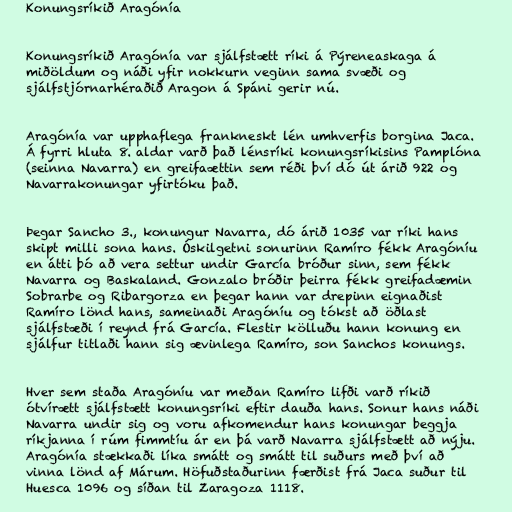
Konungsríkið Aragónía

Konungsríkið Aragónía var sjálfstætt ríki á Pýreneaskaga á
miðöldum og náði yfir nokkurn veginn sama svæði og
sjálfstjórnarhéraðið Aragon á Spáni gerir nú.

Aragónía var upphaflega frankneskt lén umhverfis borgina Jaca.
Á fyrri hluta 8. aldar varð það lénsríki konungsríkisins Pamplóna
(seinna Navarra) en greifaættin sem réði því dó út árið 922 og
Navarrakonungar yfirtóku það.

Þegar Sancho 3., konungur Navarra, dó árið 1035 var ríki hans
skipt milli sona hans. Óskilgetni sonurinn Ramíro fékk Aragóníu
en átti þó að vera settur undir García bróður sinn, sem fékk
Navarra og Baskaland. Gonzalo bróðir þeirra fékk greifadæmin
Sobrarbe og Ribargorza en þegar hann var drepinn eignaðist
Ramíro lönd hans, sameinaði Aragóníu og tókst að öðlast
sjálfstæði í reynd frá García. Flestir kölluðu hann konung en
sjálfur titlaði hann sig ævinlega Ramíro, son Sanchos konungs.

Hver sem staða Aragóníu var meðan Ramíro lifði varð ríkið
ótvírætt sjálfstætt konungsríki eftir dauða hans. Sonur hans náði
Navarra undir sig og voru afkomendur hans konungar beggja
ríkjanna í rúm fimmtíu ár en þá varð Navarra sjálfstætt að nýju.
Aragónía stækkaði líka smátt og smátt til suðurs með því að
vinna lönd af Márum. Höfuðstaðurinn færðist frá Jaca suður til
Huesca 1096 og síðan til Zaragoza 1118.